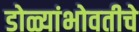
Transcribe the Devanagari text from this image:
डोळ्यांभोवतीचे